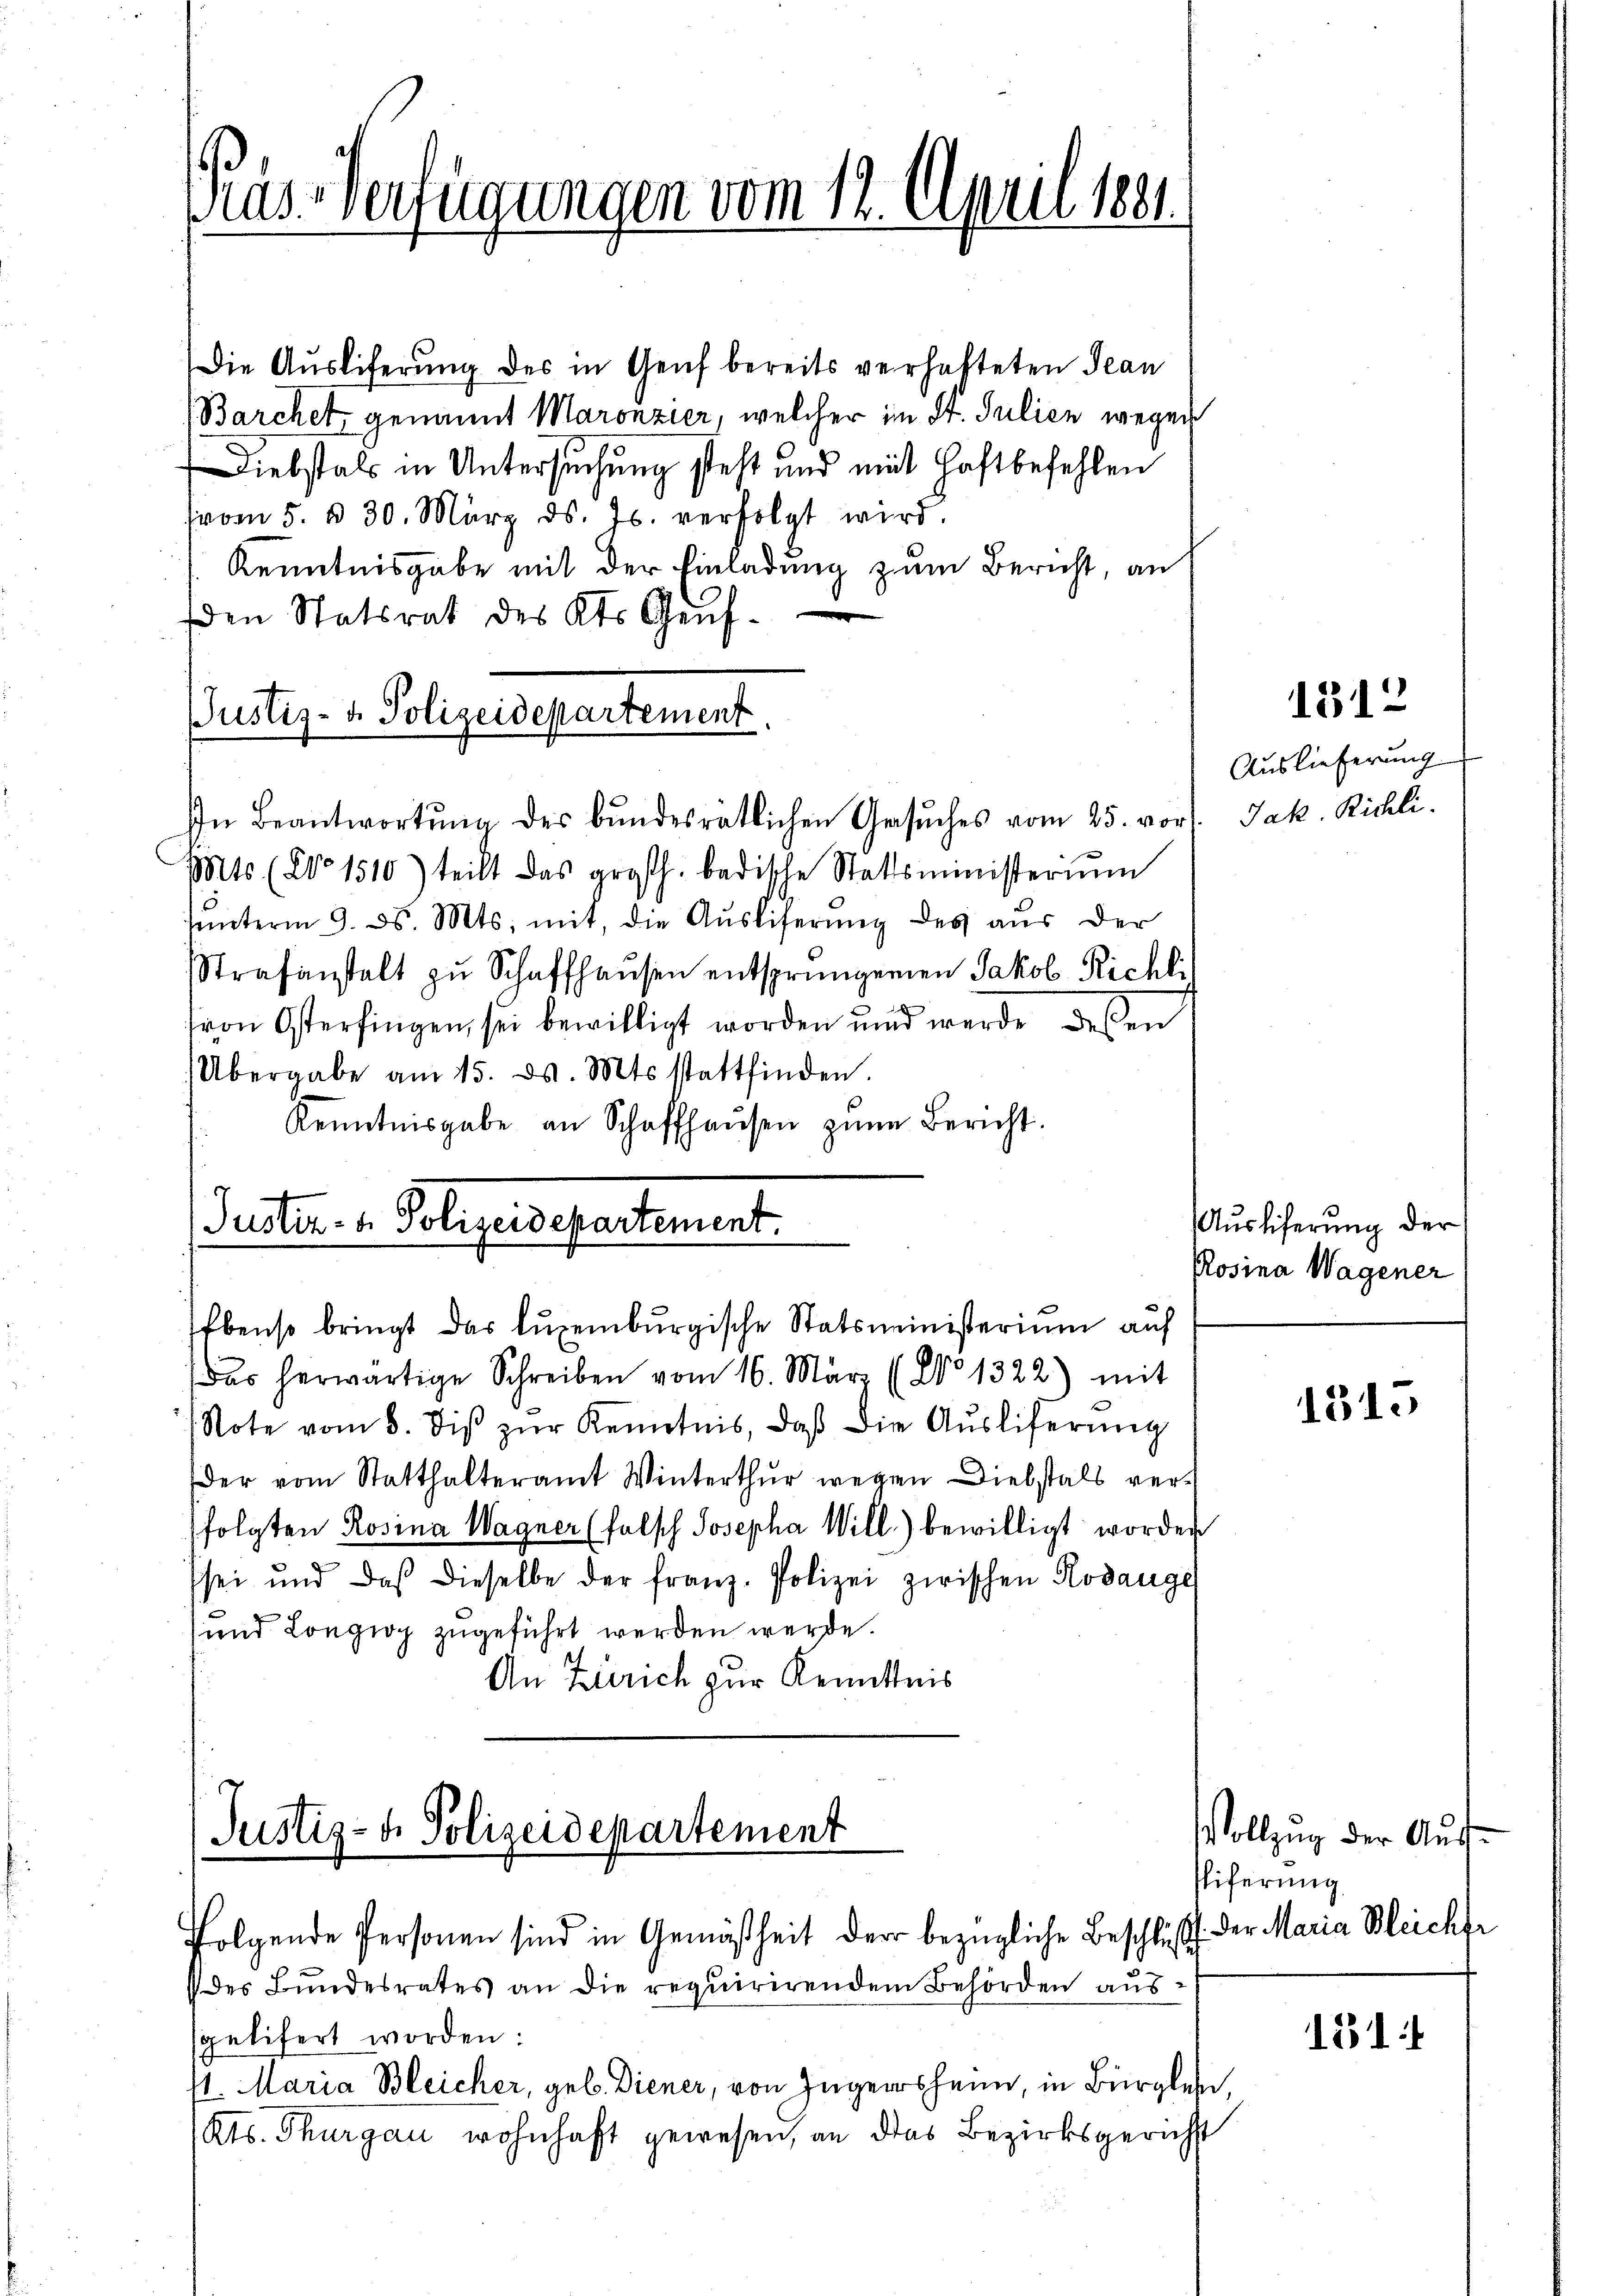
Pas Verfügungen vom 12. April 1891.

Die Ausliferung des in Genf bereits verhafteten Jean
Barchet genannt Maronzier, welcher im St. Julien wegen
Diebstals in Untersuchung steht und mit Haftbefehlen
from 5. d. 30. März d. Js. verfolgt wird.
Kenntnisgabe mit der Einladung zum Bericht, an
den Statsrat des Kts. Genf¬
In Beantwortŭng der bundesrätlichen Gesŭches vom 25. vor
Mts (Co 1510) teilt das großh. badische Stattsministerium
ŭnterm 9. ds. Mts. mit, die Aŭsliserŭng des aŭs der
Strafanstalt zŭ Schaffhausen entsprungenen Jakob Richli
von Osterfingen, sei bewilligt worden und werde dessen
Übergabe am 15. d. Mts. stattfinden.
Kenntnisgabe an Schaffhaŭsen zŭm Bericht.
Puster u. Polizeidepartement.

JJustiz- & Polizeidepartement.

Ebenso bringt das luxenburgische Statsministerium auf

Justiz- & Polizeidepartement
folgende Personen sind in Gemäßheit der bezügliche Beschluss der Maria Meichfr

Das herwärtige Schreiben vom 16. März (No 1322) mit
Note vom 8. diβ zŭr Kenntnis, daβ die Aŭsliferŭng
der vom Statthalteramt Winterthur wegen Diebstals ver¬
(folgten Rosina Wagner (falsch Josepha Will) bewilligt worden
sei und daß dieselbe der franz- Polizei zwischen Rodauge
und Longziog zugeführt werden werde.
An Zürich zur Kenntnis

des Bundesrates an die requirirendem Behörden aŭs
sgelifert worden:
st. Maria Bleicher, geb. Diener, von Ingers heim, in Bürgler,
Kts. Thurgau wohnhaft gewesen, an das Bezirksgericht

1312

Auslieferung
Jak. Richli

Ausliferung der
Rosina Wagener

1315

Vollzug der Aufsliferung

1314